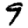
Digit: 9